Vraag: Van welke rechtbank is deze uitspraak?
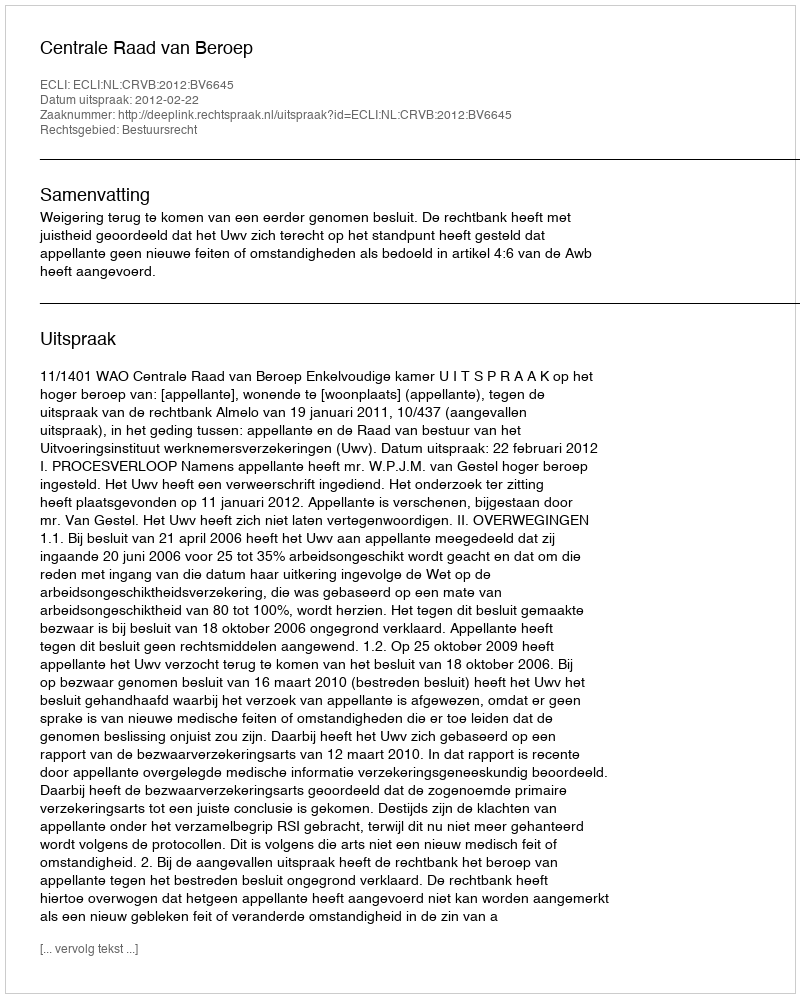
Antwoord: Centrale Raad van Beroep